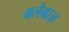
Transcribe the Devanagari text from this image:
बलेबाज़